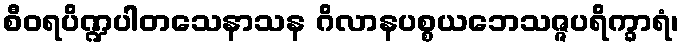
စီဝရပိဏ္ဍပါတသေနာသန ဂိလာနပစ္စယဘေသဇ္ဇပရိက္ခာရံ၊